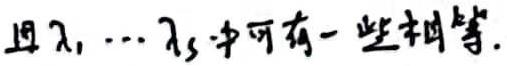
且$\lambda _{1},\cdots,\lambda _{s}$中可有一些相等.